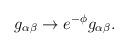
LaTeX: \begin{align*}g_{\alpha \beta }\rightarrow e^{-\phi }g_{\alpha \beta }.\end{align*}